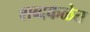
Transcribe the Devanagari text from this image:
शब्दकळेत